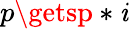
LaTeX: p\getsp*\mathit{i}